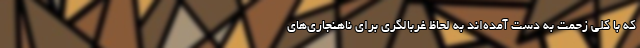
که با کلی زحمت به دست آمده‌اند به لحاظ غربالگری برای ناهنجاری‌های